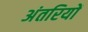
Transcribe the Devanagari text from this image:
अंतरियों